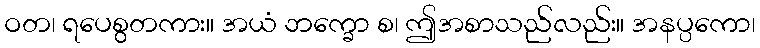
ဝတ၊ ရပေစွတကား။ အယံ ဘက္ခော စ၊ ဤအစာသည်လည်း။ အနပ္ပကော၊